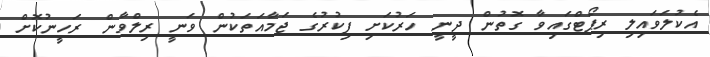
އެކުލަވައިލި ރިޕޯޓްގައިވާ ގޮތުން ދީނީ ހަރުކަށި ފިކުރުގެ ޖަމާއަތަކުން ވަނީ ރިލްވާން ރަހީނުކޮށް